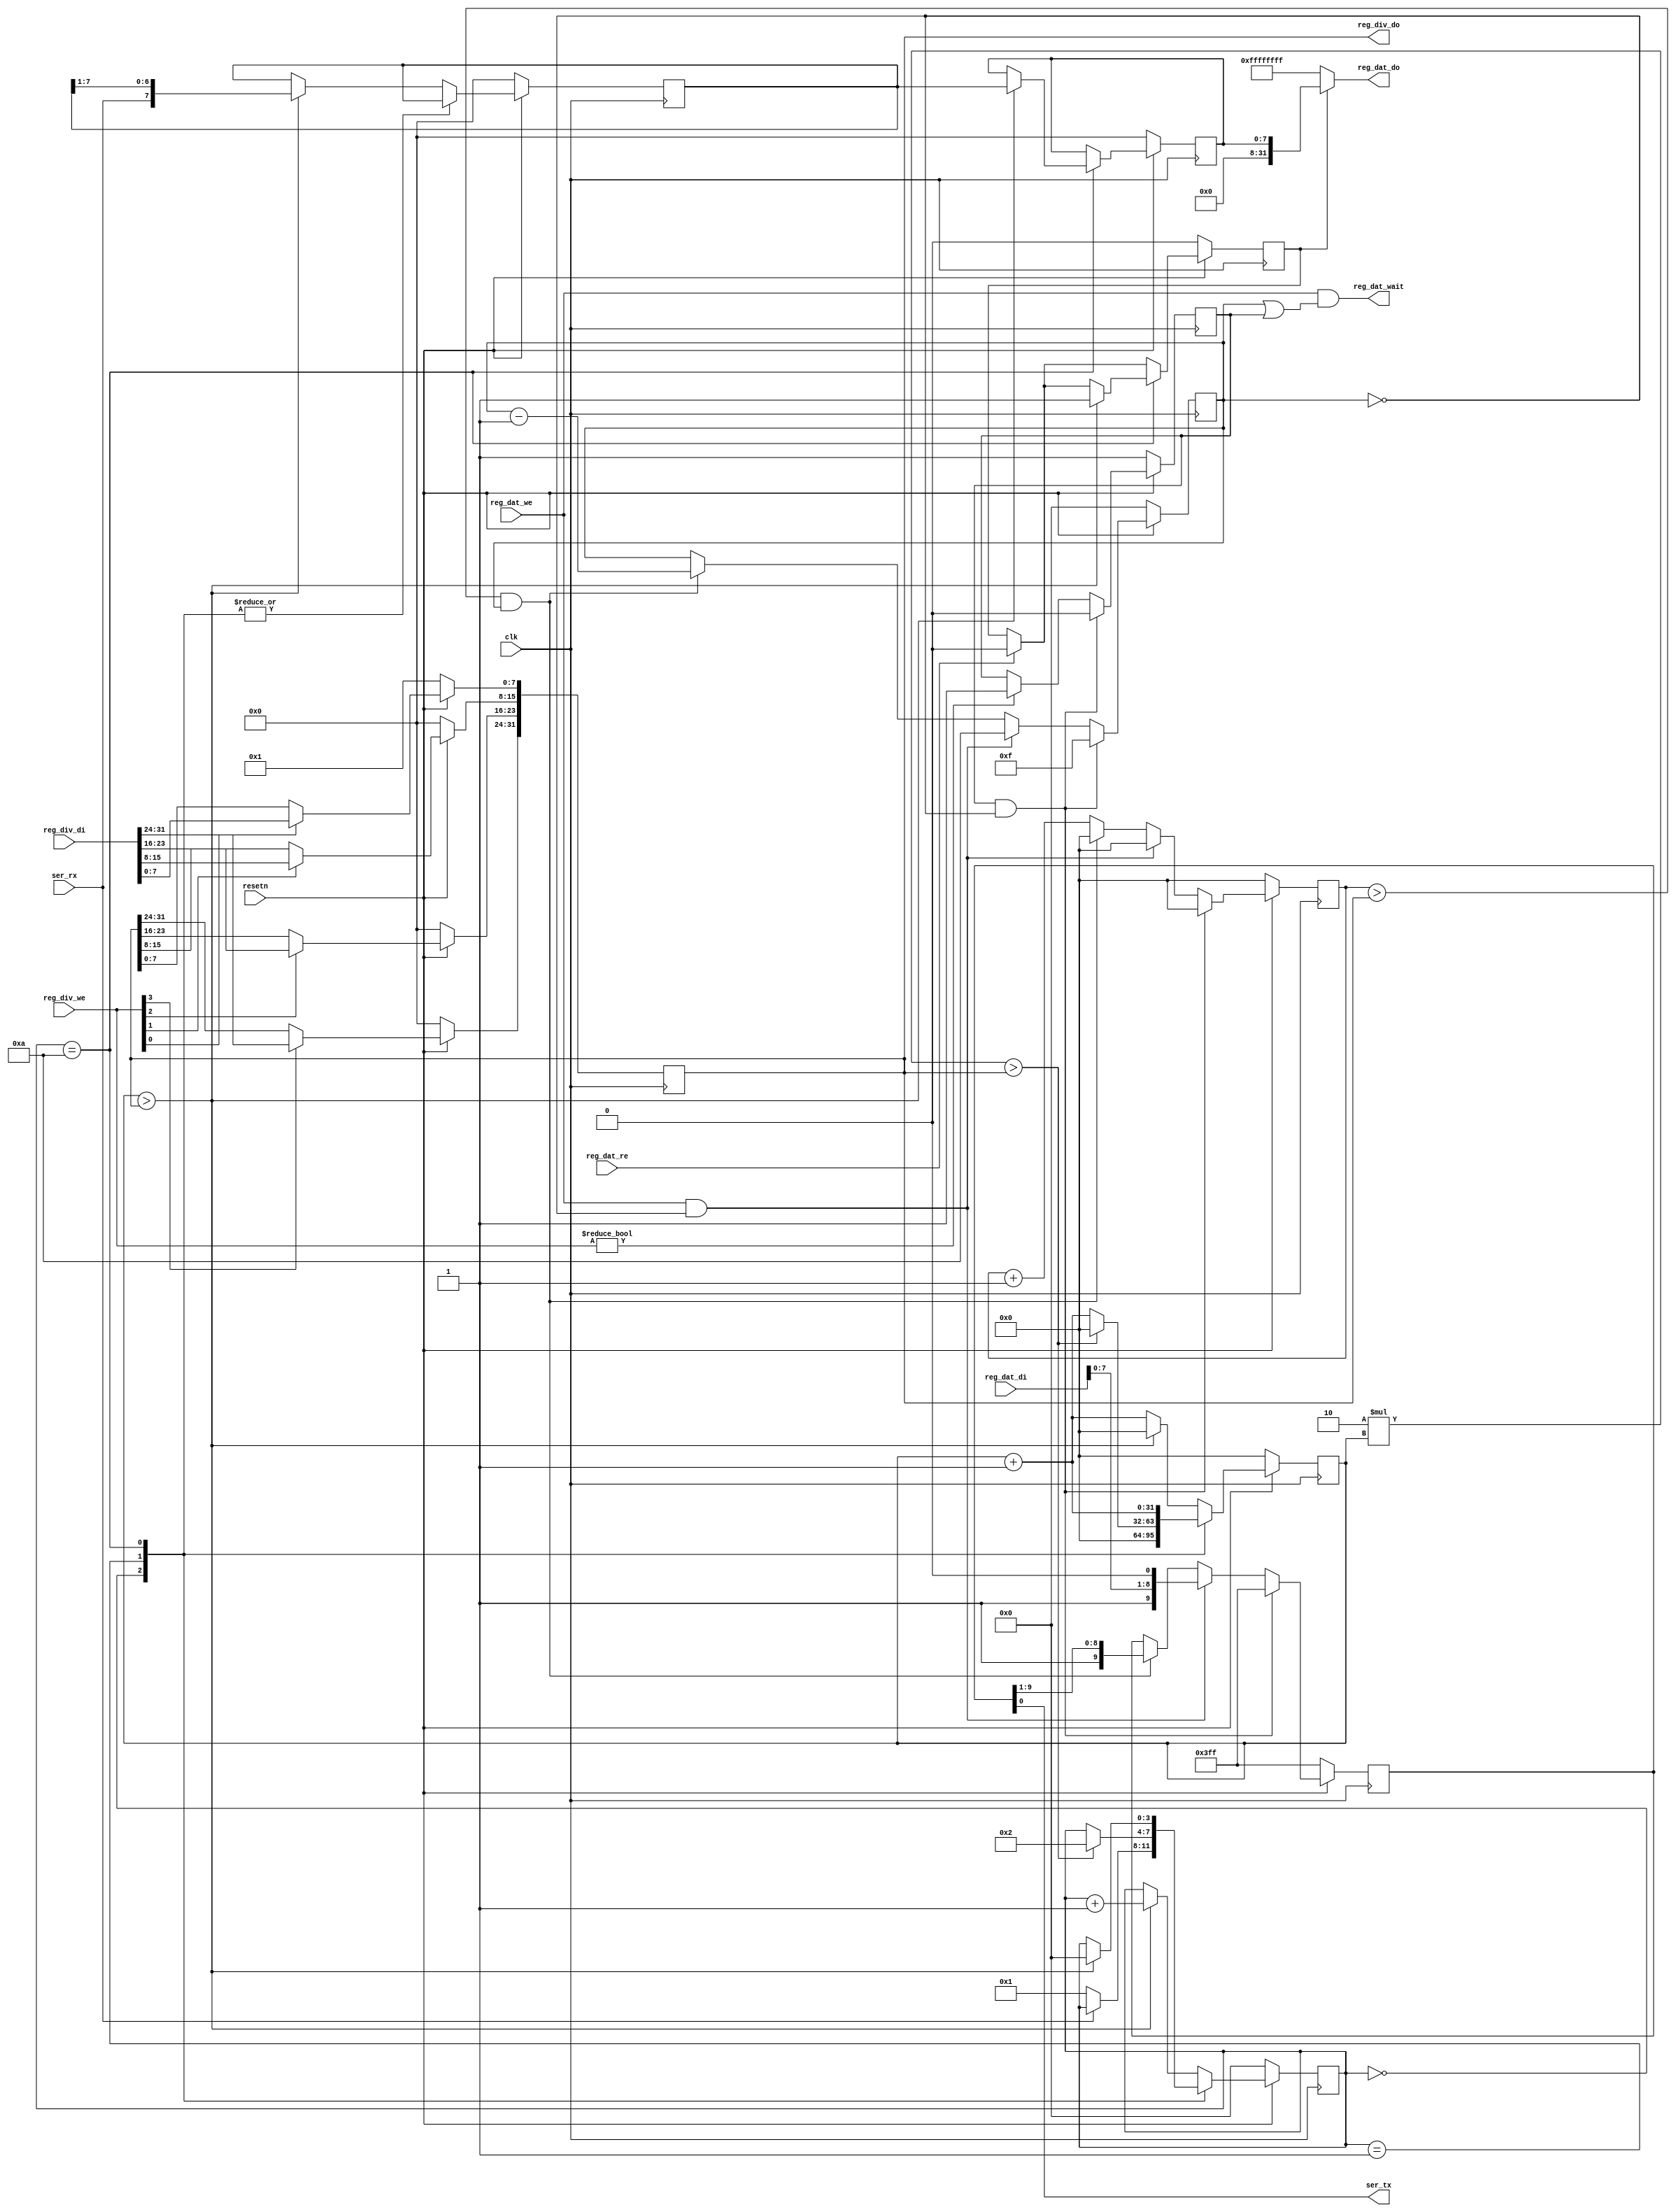
/*
 *  PicoSoC - A simple example SoC using PicoRV32
 *
 *  Copyright (C) 2017  Claire Xenia Wolf <claire@yosyshq.com>
 *
 *  Permission to use, copy, modify, and/or distribute this software for any
 *  purpose with or without fee is hereby granted, provided that the above
 *  copyright notice and this permission notice appear in all copies.
 *
 *  THE SOFTWARE IS PROVIDED "AS IS" AND THE AUTHOR DISCLAIMS ALL WARRANTIES
 *  WITH REGARD TO THIS SOFTWARE INCLUDING ALL IMPLIED WARRANTIES OF
 *  MERCHANTABILITY AND FITNESS. IN NO EVENT SHALL THE AUTHOR BE LIABLE FOR
 *  ANY SPECIAL, DIRECT, INDIRECT, OR CONSEQUENTIAL DAMAGES OR ANY DAMAGES
 *  WHATSOEVER RESULTING FROM LOSS OF USE, DATA OR PROFITS, WHETHER IN AN
 *  ACTION OF CONTRACT, NEGLIGENCE OR OTHER TORTIOUS ACTION, ARISING OUT OF
 *  OR IN CONNECTION WITH THE USE OR PERFORMANCE OF THIS SOFTWARE.
 *
 */

 module simpleuart #(parameter integer DEFAULT_DIV = 1) (
	input clk,
	input resetn,

	output ser_tx,
	input  ser_rx,

	input   [3:0] reg_div_we,
	input  [31:0] reg_div_di,
	output [31:0] reg_div_do,

	input         reg_dat_we,
	input         reg_dat_re,
	input  [31:0] reg_dat_di,
	output [31:0] reg_dat_do,
	output        reg_dat_wait
);
	reg [31:0] cfg_divider;

	reg [3:0] recv_state;
	reg [31:0] recv_divcnt;
	reg [7:0] recv_pattern;
	reg [7:0] recv_buf_data;
	reg recv_buf_valid;

	reg [9:0] send_pattern;
	reg [3:0] send_bitcnt;
	reg [31:0] send_divcnt;
	reg send_dummy;

	assign reg_div_do = cfg_divider;

	assign reg_dat_wait = reg_dat_we && (send_bitcnt || send_dummy);
	assign reg_dat_do = recv_buf_valid ? recv_buf_data : ~0;

	always @(posedge clk) begin
		if (!resetn) begin
			cfg_divider <= DEFAULT_DIV;
		end else begin
			if (reg_div_we[0]) cfg_divider[ 7: 0] <= reg_div_di[ 7: 0];
			if (reg_div_we[1]) cfg_divider[15: 8] <= reg_div_di[15: 8];
			if (reg_div_we[2]) cfg_divider[23:16] <= reg_div_di[23:16];
			if (reg_div_we[3]) cfg_divider[31:24] <= reg_div_di[31:24];
		end
	end

	always @(posedge clk) begin
		if (!resetn) begin
			recv_state <= 0;
			recv_divcnt <= 0;
			recv_pattern <= 0;
			recv_buf_data <= 0;
			recv_buf_valid <= 0;
		end else begin
			recv_divcnt <= recv_divcnt + 1;
			if (reg_dat_re)
				recv_buf_valid <= 0;
			case (recv_state)
				0: begin
					if (!ser_rx)
						recv_state <= 1;
					recv_divcnt <= 0;
				end
				1: begin
					if (2*recv_divcnt > cfg_divider) begin
						recv_state <= 2;
						recv_divcnt <= 0;
					end
				end
				10: begin
					if (recv_divcnt > cfg_divider) begin
						recv_buf_data <= recv_pattern;
						recv_buf_valid <= 1;
						recv_state <= 0;
					end
				end
				default: begin
					if (recv_divcnt > cfg_divider) begin
						recv_pattern <= {ser_rx, recv_pattern[7:1]};
						recv_state <= recv_state + 1;
						recv_divcnt <= 0;
					end
				end
			endcase
		end
	end

	assign ser_tx = send_pattern[0];

	always @(posedge clk) begin
		if (reg_div_we)
			send_dummy <= 1;
		send_divcnt <= send_divcnt + 1;
		if (!resetn) begin
			send_pattern <= ~0;
			send_bitcnt <= 0;
			send_divcnt <= 0;
			send_dummy <= 1;
		end else begin
			if (send_dummy && !send_bitcnt) begin
				send_pattern <= ~0;
				send_bitcnt <= 15;
				send_divcnt <= 0;
				send_dummy <= 0;
			end else
			if (reg_dat_we && !send_bitcnt) begin
				send_pattern <= {1'b1, reg_dat_di[7:0], 1'b0};
				send_bitcnt <= 10;
				send_divcnt <= 0;
			end else
			if (send_divcnt > cfg_divider && send_bitcnt) begin
				send_pattern <= {1'b1, send_pattern[9:1]};
				send_bitcnt <= send_bitcnt - 1;
				send_divcnt <= 0;
			end
		end
	end
endmodule